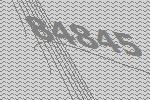
84845